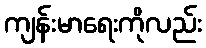
ကျန်းမာရေးကိုလည်း